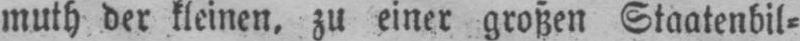
muth der kleinen, zu einer großen Staatenbil⸗